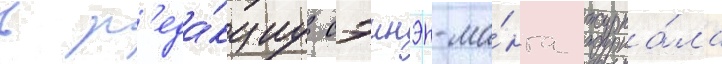
в р'еда́кциу сэинэн-ма́нга журна́ла